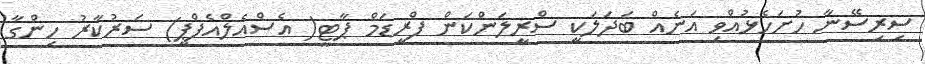
ސިރިސޭނާ ހުށަހެޅުއްވި އަނެއް ބަދަލަކީ ސްރީލަންކަން ފްރީޑަމް ޕާޓީ( އެސްއެލްއެފްޕީ) ސަރުކާރު ހިންގާ